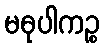
မဓုပါကဉ္စ